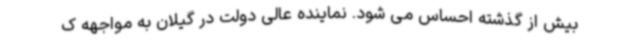
بیش از گذشته احساس می شود. نماینده عالی دولت در گیلان به مواجهه ک